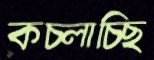
কচ্‌লাচ্ছি